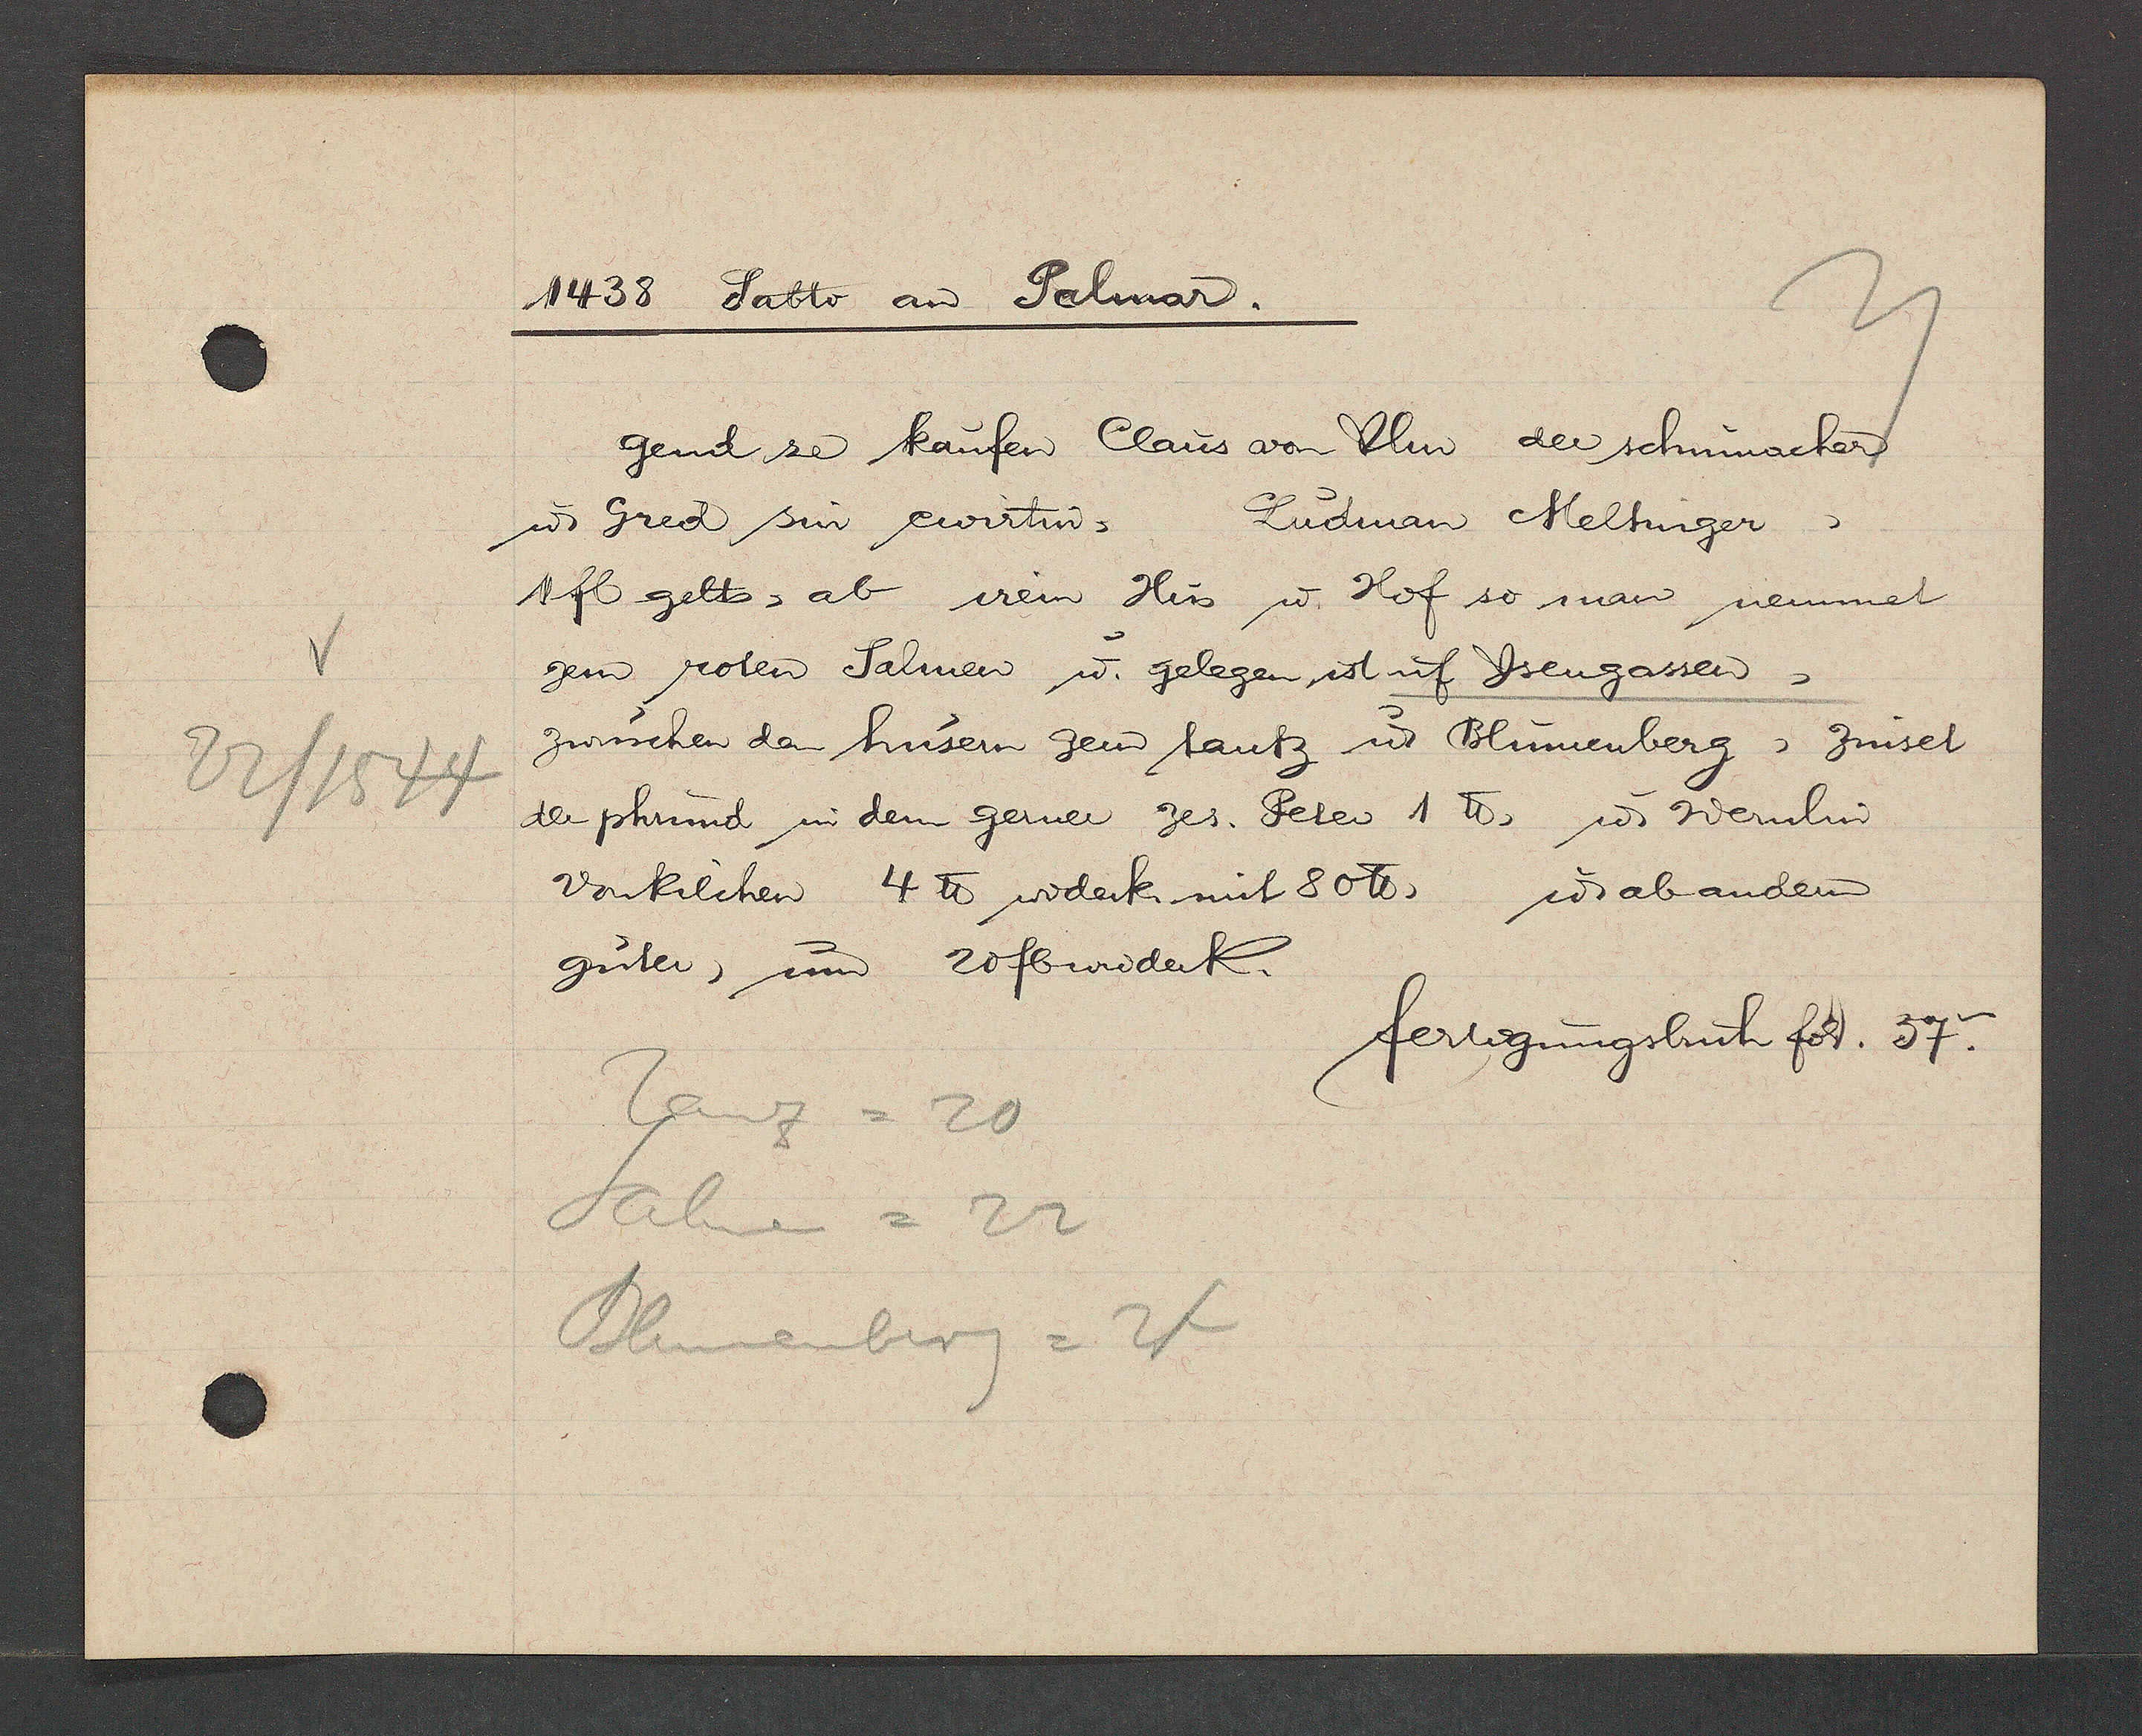
Transcript:
22/1544

1438 Sabto aȵ Palmar.
gend ze kaufen Claus von Ulm, der schumacher
ư Gred sin ewirtin, Ludman Meltinger,
1fl gelts, ab irem Hus ư Hof so man nennet
zem roten Salmen ư gelegen ist uf Ysengassen,
zwüschen dem husem zem tantz ư Blumenberg, Zinset
der phrund in dem gerner zes. Peter 1 ℔, ư Wernlin
Vonkilchen 4 ℔ widerk. mit 80℔, ư abanderm
guter, um 20fb widerk.
fertigungsbuch fol. 37-.
Tanz = 20
Salmen = 22
Blumenberg = 24